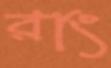
রাং